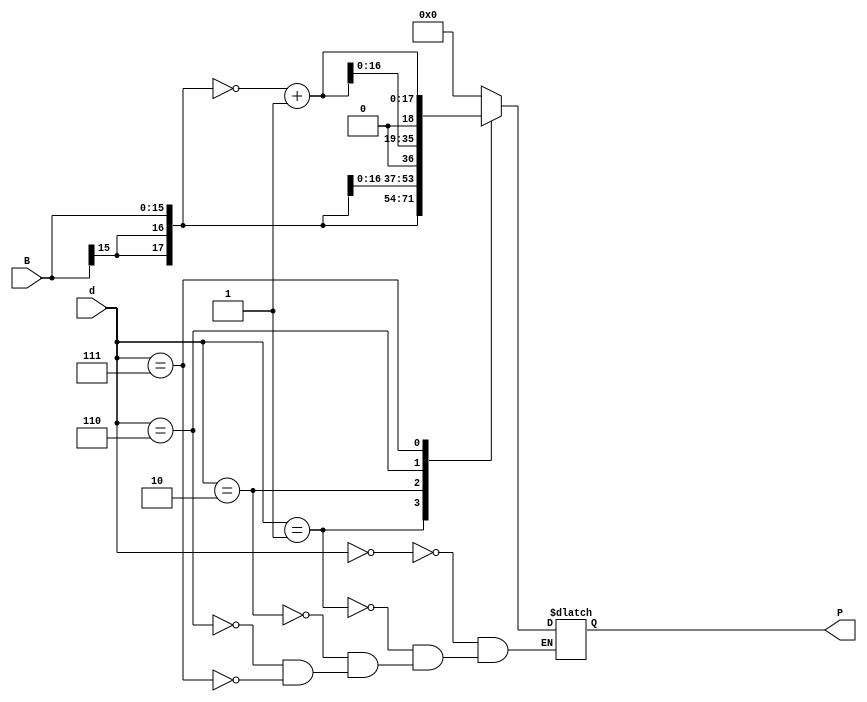
`timescale 10ns / 1ps
module subMultiply(B,d,P);
input[15:0] B;
input[2:0] d;
output reg[17:0] P;

always @(*)
begin
	case(d)
		3'b000: P = 18'b0; 
		3'b001: P = {B[15],B[15],B};
		3'b010: begin
			P = {B[15],B[15],B}<<1;
		end
		3'b110:begin
			P = ((~{B[15],B[15],B})+1)<<1;
		end
		3'b111:begin
			P = (~{B[15],B[15],B})+1;
		end
	endcase
end


endmodule